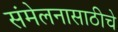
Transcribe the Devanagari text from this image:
संमेलनासाठीचे